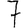
Digit: 7